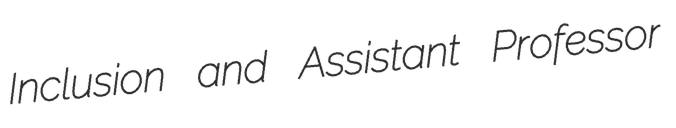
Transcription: Inclusion and Assistant Professor